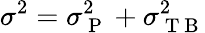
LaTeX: \sigma^{2}=\sigma_{\mathrm{~P~}}^{2}+\sigma_{\mathrm{~T~B~}}^{2}